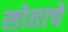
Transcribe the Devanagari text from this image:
सोताचे